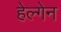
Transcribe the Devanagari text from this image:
हेल्गेन